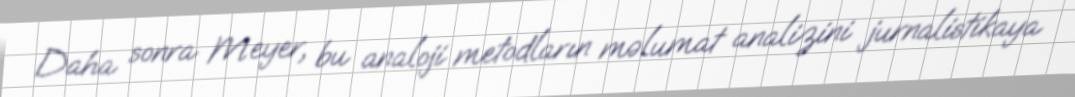
Daha sonra Meyer, bu analoji metodların məlumat analizini jurnalistikaya